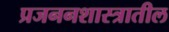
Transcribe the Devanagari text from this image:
प्रजननशास्त्रातील